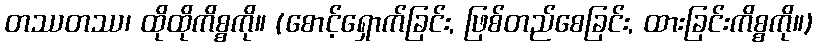
တဿတဿ၊ ထိုထိုကိစ္စကို။ (စောင့်ရှောက်ခြင်း, ဖြစ်တည်စေခြင်း, ထားခြင်းကိစ္စကို။)